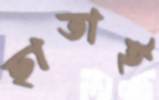
ছাতাই